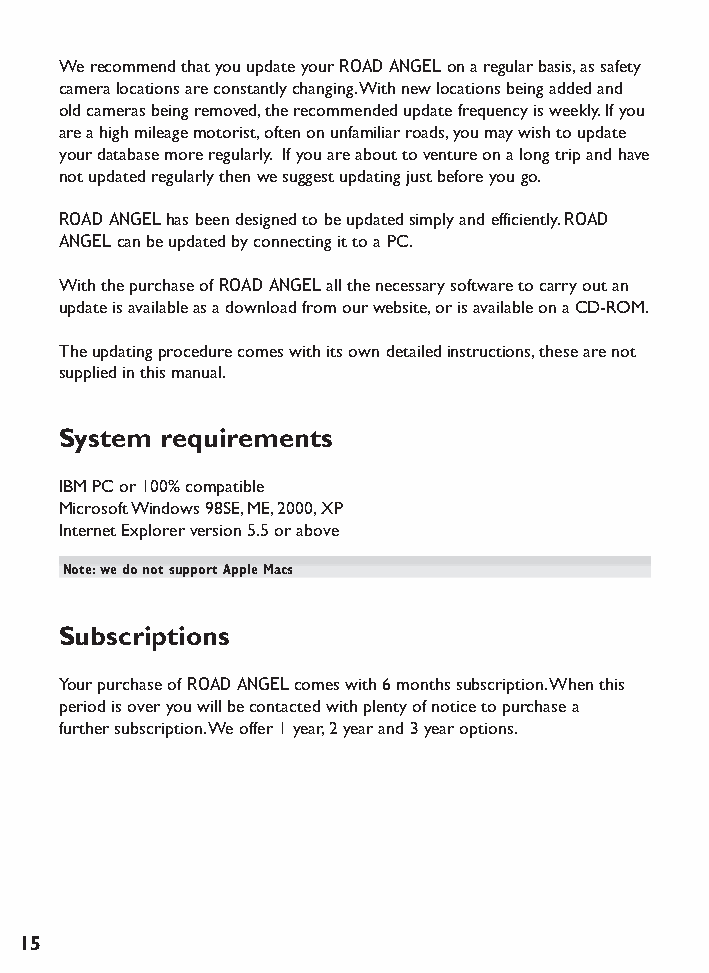
We recommend that you update your ROAD ANGELon a regular basis,as safety
 camera locations are constantly changing.With new locations being added and
 old cameras being removed,the recommended update frequency is weekly.If you
 are a high mileage motorist,often on unfamiliar roads,you may wish to update
 your database more regularly. If you are about to venture on a long trip and have
 not updated regularly then we suggest updating just before you go.
 ROAD ANGELhas been designed to be updated simply and efficiently.ROAD
 ANGELcan be updated by connecting it to a PC.
 With the purchase of ROAD ANGELall the necessary software to carry out an
 update is available as a download from our website,or is available on a CD-ROM.
 The updating procedure comes with its own detailed instructions,these are not
 supplied in this manual.
 System requirements
 IBM PC or 100% compatible
 Microsoft Windows 98SE,ME,2000,XP
 Internet Explorer version 5.5 or above
 Note:we do not support Apple Macs
 Subscriptions
 Your purchase of ROAD ANGELcomes with 6 months subscription.When this
 period is over you will be contacted with plenty of notice to purchase a
 further subscription.We offer 1 year,2 year and 3 year options.
 15